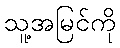
သူ့အမြင်ကို